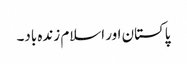
پاکستان اور اسلام زندہ باد۔